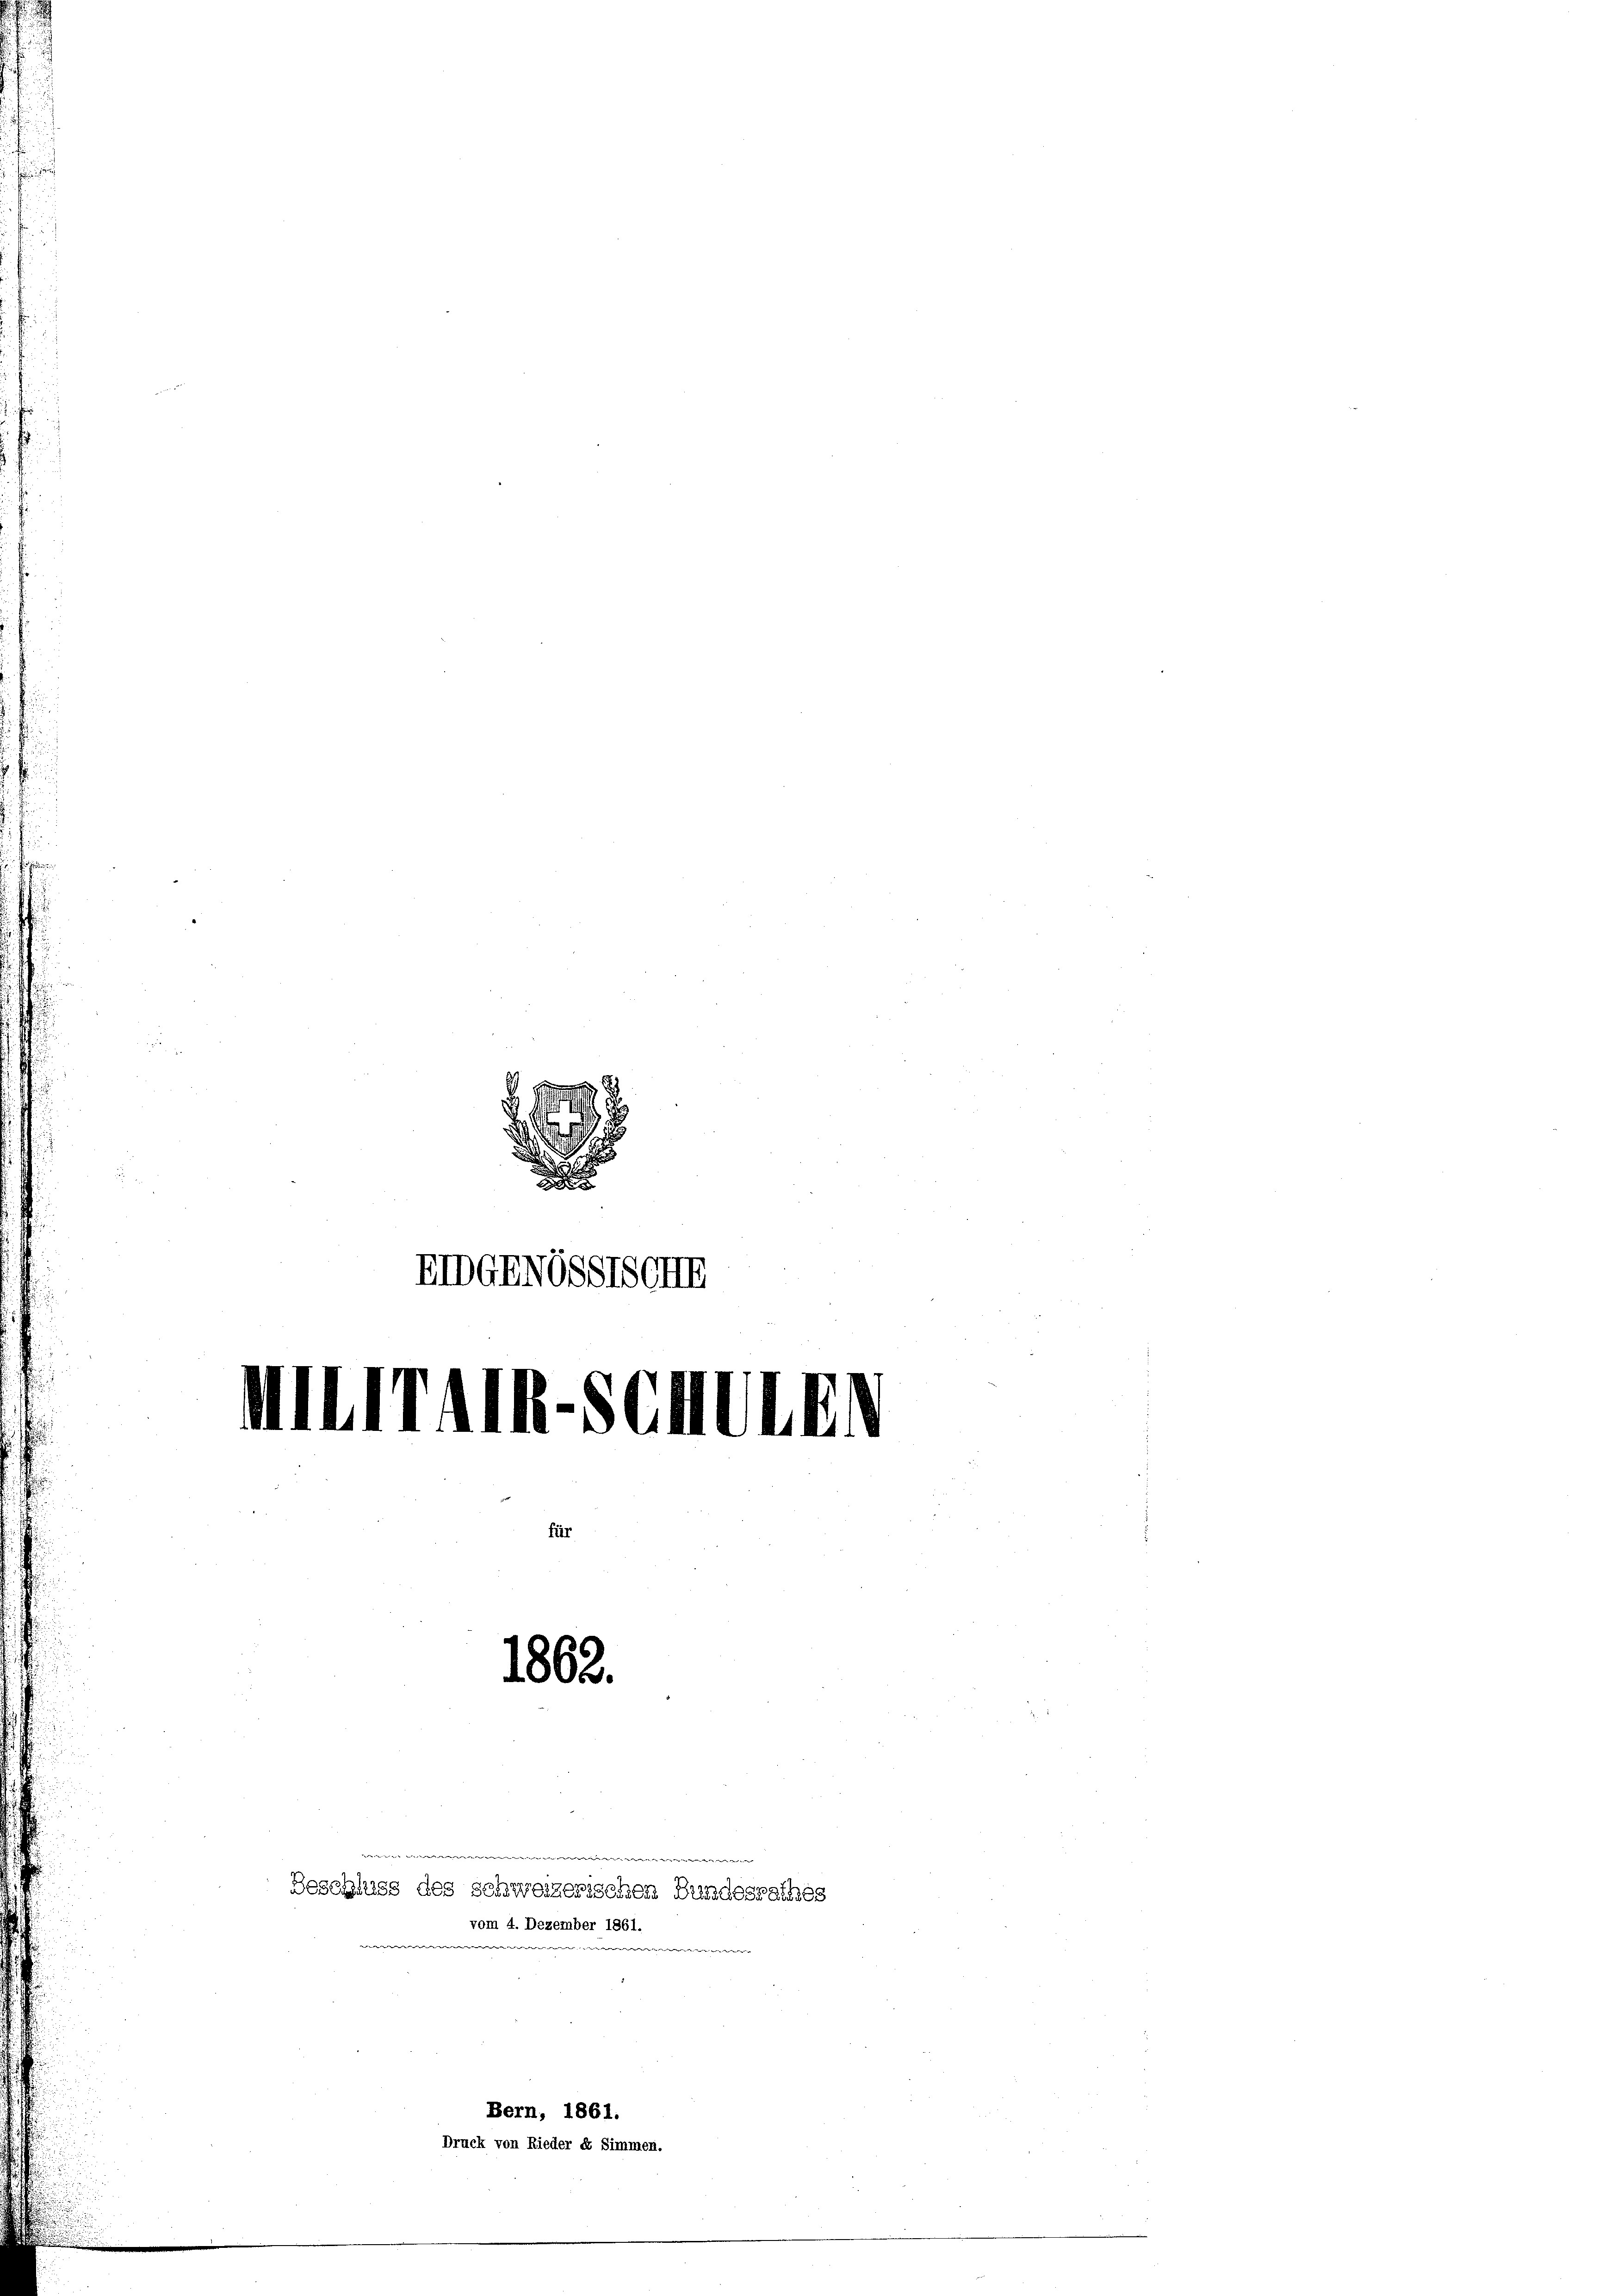
EIDGANOSSTSCHE
ed. A. A. A. Adelang

7
.
u

i
1862.

Bern, 1861.
Druck von Rieder et Simmen.

vor der eine
Beschluss des schweizerischen Bundesrathes
vom 4. Dezember 1861.
w
.
"